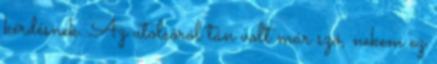
kérdésnek. Az utolsóról tán volt már szó, nekem ez